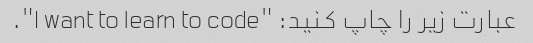
عبارت زیر را چاپ کنید: "I want to learn to code".